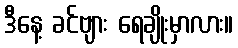
ဒီနေ့ ခင်ဗျား ရေချိုးမှာလား။